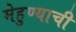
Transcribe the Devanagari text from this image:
मेहुण्याची